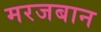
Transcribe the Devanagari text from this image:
मरजबान